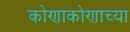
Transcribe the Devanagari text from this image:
कोणाकोणाच्या